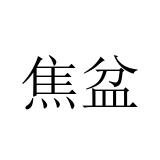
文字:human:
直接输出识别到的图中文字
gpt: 焦盆